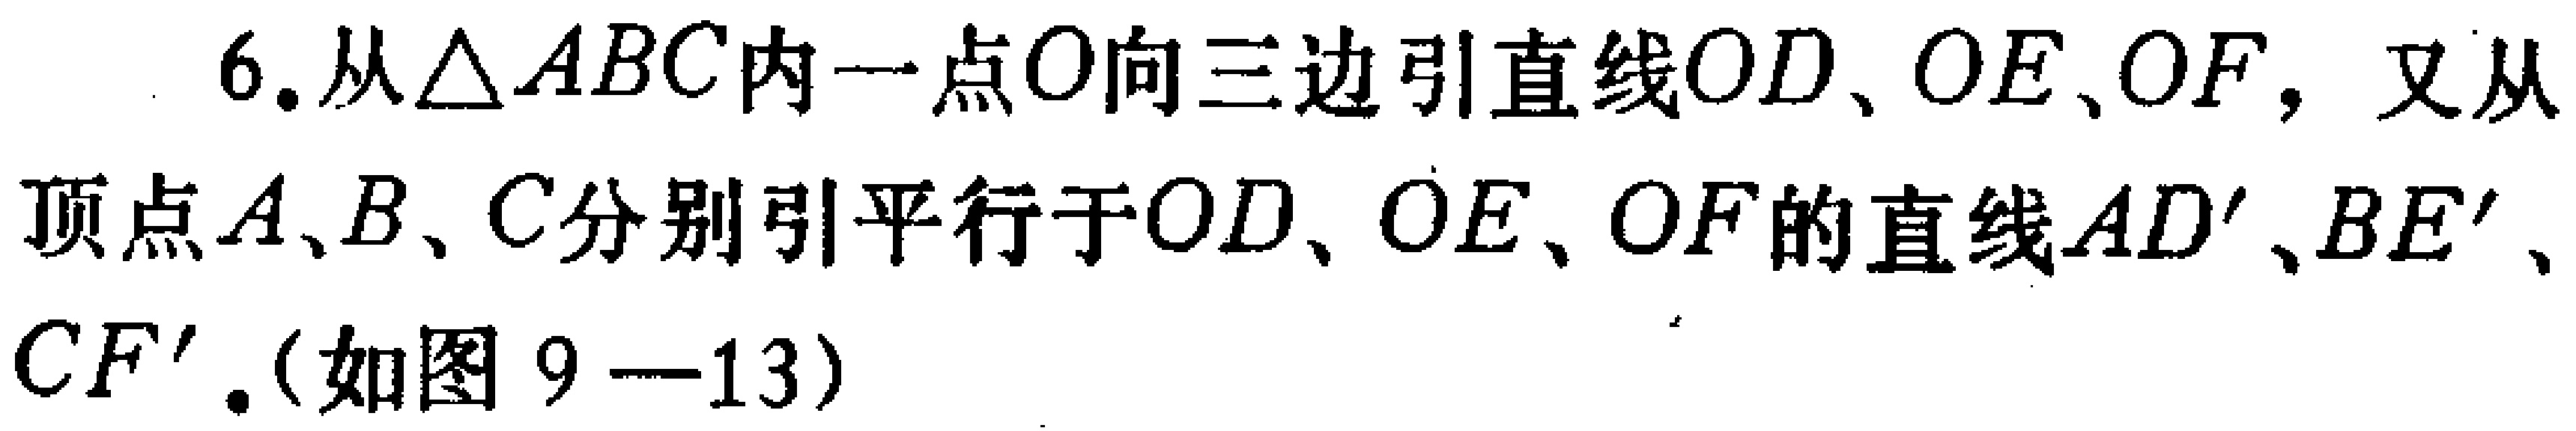
6. 从$\triangle ABC$内一点$O$向三边引直线$OD$、$OE$、$OF$，又从顶点$A$、$B$、$C$分别引平行于$OD$、$OE$、$OF$的直线$AD'$、$BE'$、$CF'$．(如图$9 - 13$)